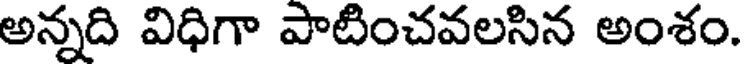
అన్నది విధిగా పాటించవలసిన అంశం.